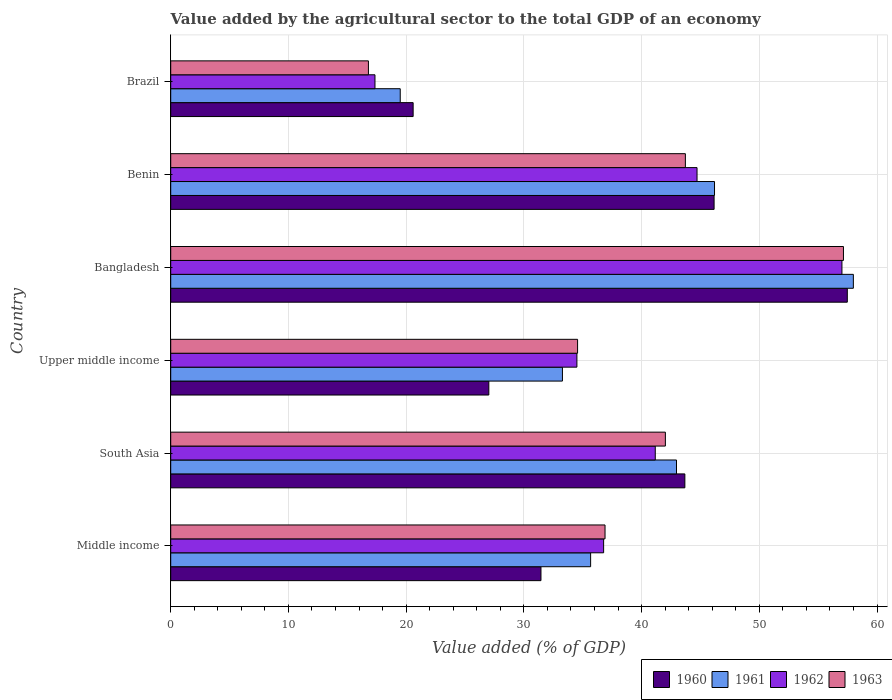
| Country | 1960 | 1961 | 1962 | 1963 |
 | --- | --- | --- | --- | --- |
 | Middle income | 31.5 | 35.7 | 36.8 | 36.9 |
 | South Asia | 43.7 | 43 | 41.2 | 42 |
 | Upper middle income | 27 | 33.3 | 34.5 | 34.6 |
 | Bangladesh | 57.5 | 58 | 57 | 57.1 |
 | Benin | 46.2 | 46.2 | 44.7 | 43.7 |
 | Brazil | 20.6 | 19.5 | 17.4 | 16.8 |